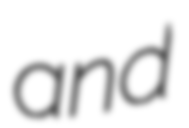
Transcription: and